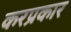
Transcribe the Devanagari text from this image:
करप्रकार